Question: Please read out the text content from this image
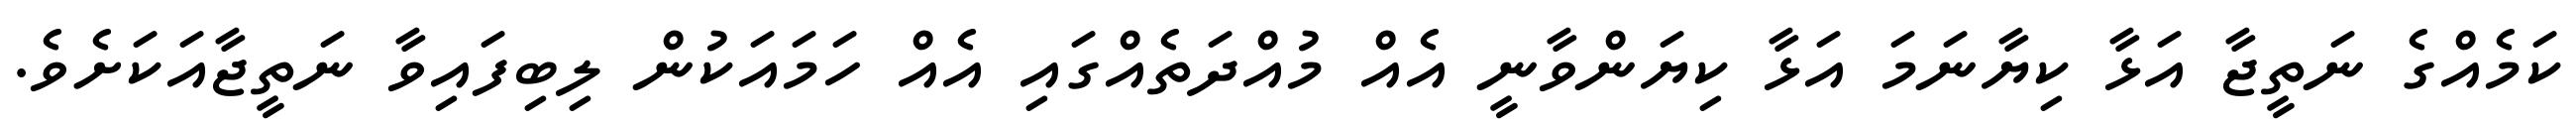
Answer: ކަމެއްގެ ނަތީޖާ އަޅާ ކިޔާނަމަ އަޅާ ކިޔަންވާނީ އެއް މުއްދަތެއްގައި އެއް ހަމައަކުން ލިބިފައިވާ ނަތީޖާއަކަށެވެ.